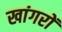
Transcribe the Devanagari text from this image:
खांगरों